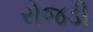
રોજડી